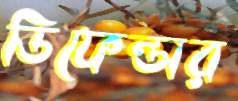
ডিফেন্ডার